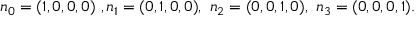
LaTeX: n _ { 0 } = ( 1 , 0 , 0 , 0 ) ~ , n _ { 1 } = ( 0 , 1 , 0 , 0 ) , ~ n _ { 2 } = ( 0 , 0 , 1 , 0 ) , ~ n _ { 3 } = ( 0 , 0 , 0 , 1 ) .